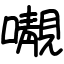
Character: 𡃁